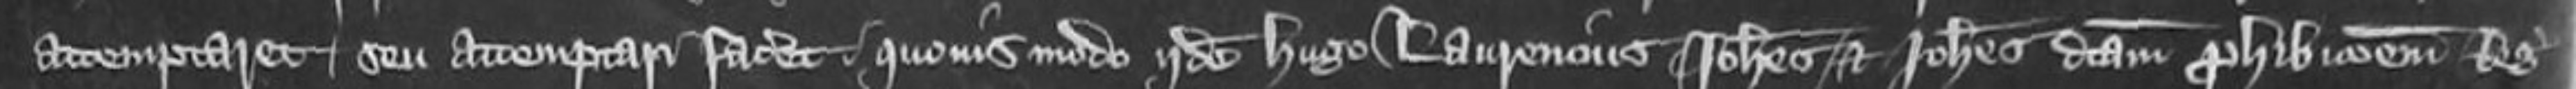
attemptaret seu attemptari faceret quovismodo Iidem Hugo Laurencius Johannes et Johannes dictam prohibitionem Regis